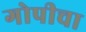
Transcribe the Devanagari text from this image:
गोपीचा